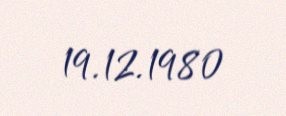
19.12.1980